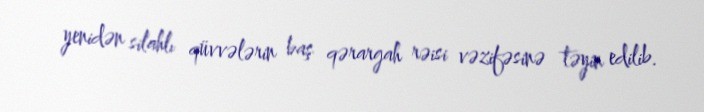
yenidən silahlı qüvvələrin baş qərargah rəisi vəzifəsinə təyin edilib.